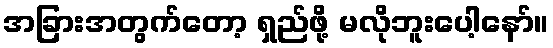
အခြားအတွက်တော့ ရှည်ဖို့ မလိုဘူးပေါ့နော်။